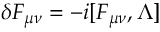
\delta F _ { \mu \nu } = - i [ F _ { \mu \nu } , \Lambda ]